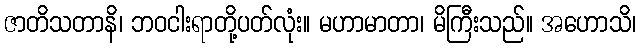
ဇာတိသတာနိ၊ ဘဝငါးရာတို့ပတ်လုံး။ မဟာမာတာ၊ မိကြီးသည်။ အဟောသိ၊